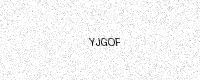
Text: YJGOF